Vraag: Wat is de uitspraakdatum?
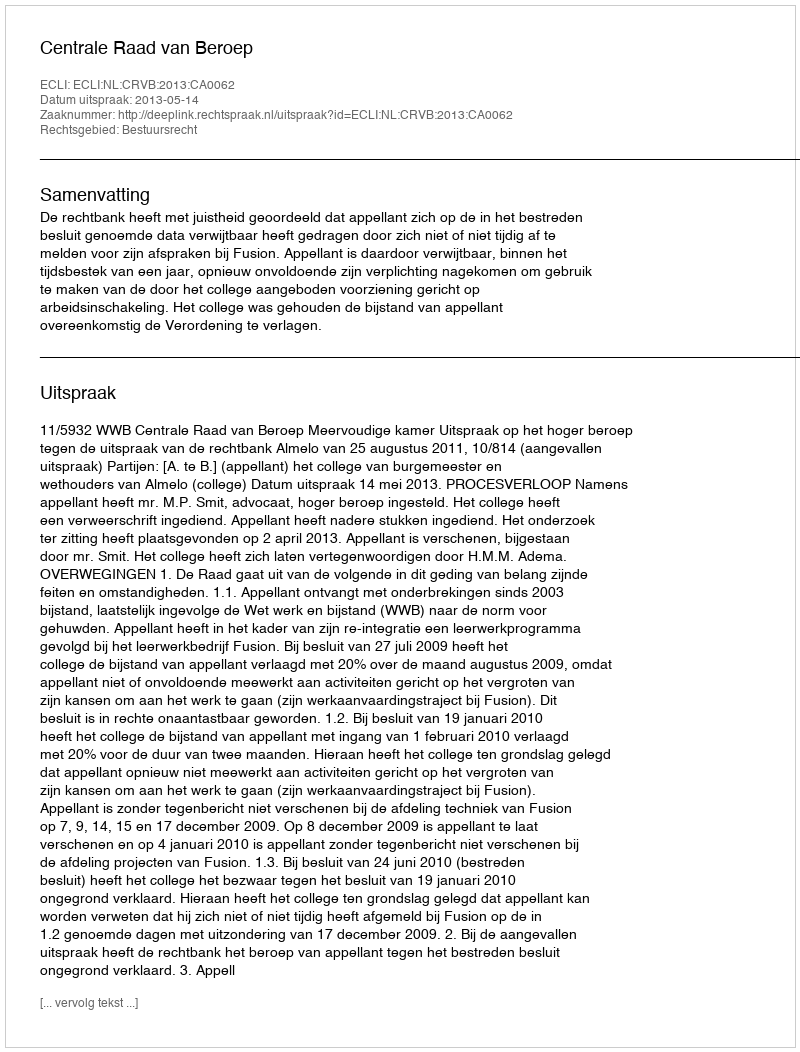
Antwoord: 2013-05-14